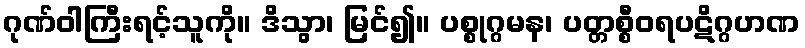
ဂုဏ်ဝါကြီးရင့်သူကို။ ဒိသွာ၊ မြင်၍။ ပစ္စုဂ္ဂမန၊ ပတ္တစ္စီဝရပဋိဂ္ဂဟဏ